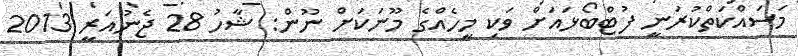
މަސައްކަތްކުރަނީ ފުޓްބޯޅައަށް ވަކި މީހެއްގެ މޫނަކަށް ނޫން: ޝާހު 28 ޖެނުއަރީ 2013